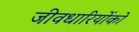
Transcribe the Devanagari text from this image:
जीवधारियोंको